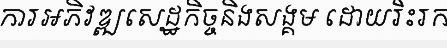
ការអភិវឌ្ឍសេដ្ឋកិច្ចនិងសង្គម ដោយរិះរក